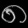
Digit: ၈